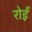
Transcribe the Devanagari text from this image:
रोईं